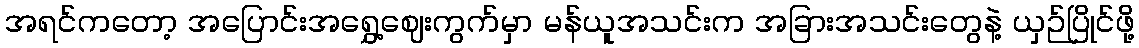
အရင်ကတော့ အပြောင်းအရွှေ့ဈေးကွက်မှာ မန်ယူအသင်းက အခြားအသင်းတွေနဲ့ ယှဉ်ပြိုင်ဖို့